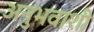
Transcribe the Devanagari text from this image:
अनुभवाशी